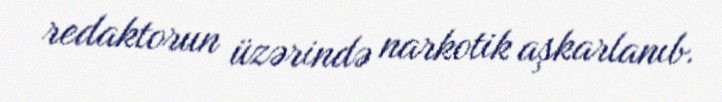
redaktorun üzərində narkotik aşkarlanıb.